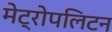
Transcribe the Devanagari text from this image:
मेट्रोपलिटन